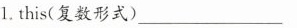
1.this(复数形式) ___